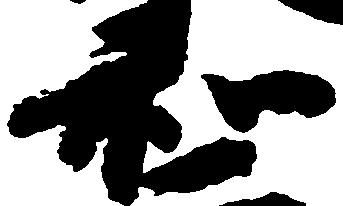
和